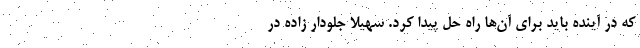
که در آینده باید برای آن‌ها راه حل پیدا کرد. سهیلا جلودار زاده در